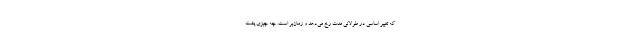
که تغییر اساسی در طولانی مدت رخ می‌دهد و زمان‌بر است. چه چیزی پشت